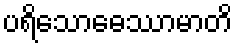
ပရိသောဓေဿာမာတိ